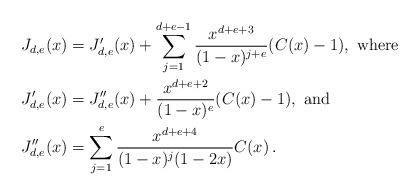
LaTeX: \begin{align*}J_{d,e}(x)&=J'_{d,e}(x)+\sum_{j=1}^{d+e-1}\frac{x^{d+e+3}}{(1-x)^{j+e}}(C(x)-1),\textrm{\ where}\\J'_{d,e}(x)&=J''_{d,e}(x)+\frac{x^{d+e+2}}{(1-x)^e}(C(x)-1),\textrm{\ and}\\J''_{d,e}(x)&=\sum_{j=1}^e\frac{x^{d+e+4}}{(1-x)^{j}(1-2x)}C(x)\,.\end{align*}